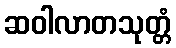
ဆဝါလာတသုတ္တံ